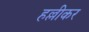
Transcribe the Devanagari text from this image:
हल्लीकर